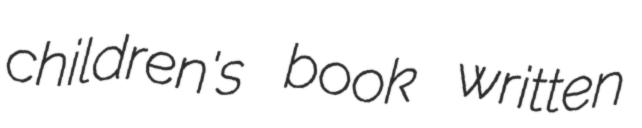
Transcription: children's book written